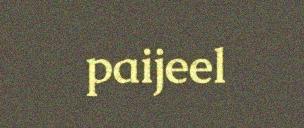
paijeel